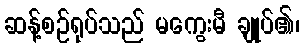
ဆန့်စဉ်ရုပ်သည် မကွေးမီ ချုပ်၏၊